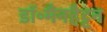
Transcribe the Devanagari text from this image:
डॉ॰मैनहैट्टन